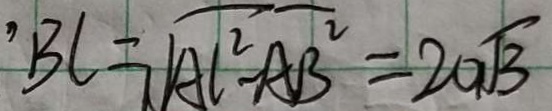
B C = \sqrt { A C ^ { 2 } - A B ^ { 2 } } = 2 0 \sqrt { 3 }